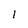
Character: 1